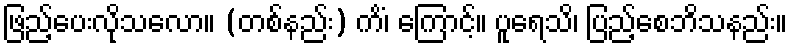
ဖြည့်ပေးလိုသလော။ (တစ်နည်း) ကိံ၊ ကြောင့်။ ပူရေသိ၊ ပြည့်စေဘိသနည်း။